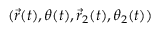
( \vec { r } ( t ) , \theta ( t ) , \vec { r } _ { 2 } ( t ) , \theta _ { 2 } ( t ) )